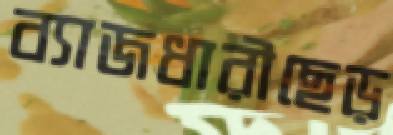
ব্যাজধারীছেড়